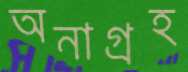
অনাগ্রহ